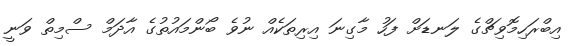
އިބްރަހިމޮވިޗްގެ ލަނޑަށް ފަހު މާގިނަ އިރިތަކެއް ނުވެ ބޯންމައުުތުގެ އާދަމް ސްމިތް ވަނީ